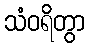
သံဝရိတွာ